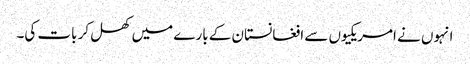
انہوں نے امریکیوں سے افغانستان کے بارے میں کھل کر بات کی۔